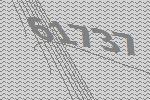
61737